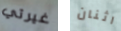
غيرتي اثنان